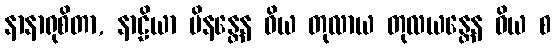
နာနာရုစိတာ, နာဠိယာ မိနန္တေန ဝိယ တုလာယ တုလယန္တေန ဝိယ စ